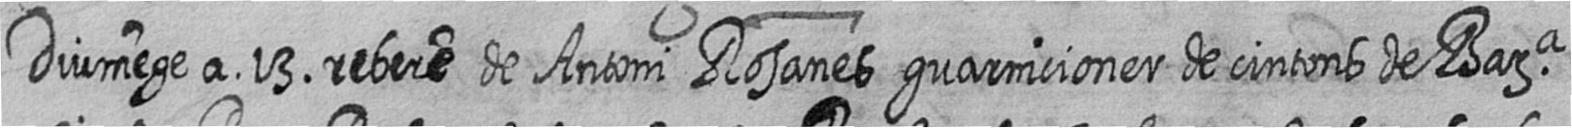
Diumege a 13 rebere de Antoni Rosanes guarnicioner de cintons de Bara